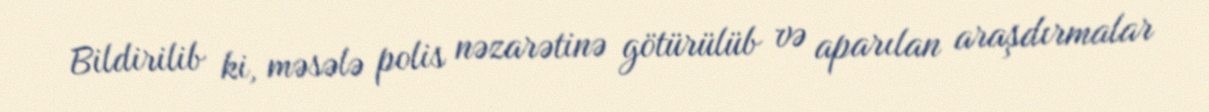
Bildirilib ki, məsələ polis nəzarətinə götürülüb və aparılan araşdırmalar